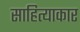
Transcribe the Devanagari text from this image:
साहित्याकार